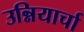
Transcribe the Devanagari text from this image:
उन्नियार्चा